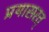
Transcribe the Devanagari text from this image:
प्रयासरत्